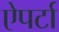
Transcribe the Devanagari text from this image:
ऐपर्टा